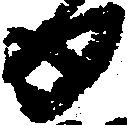
日